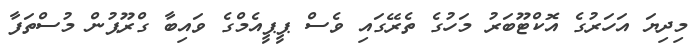
މިދިޔަ އަހަރުގެ އޮކްޓޫބަރު މަހުގެ ތެރޭގައި ވެސް ޕީޕީއެމްގެ ވައިބާ ގްރޫޕުން މުސްތަފާ